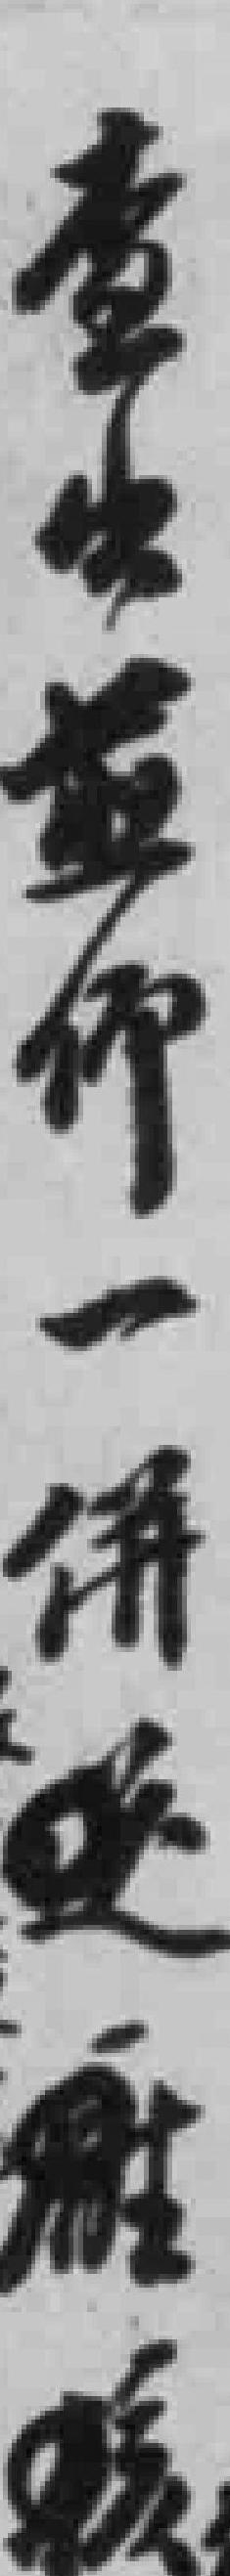
查出並仰一併